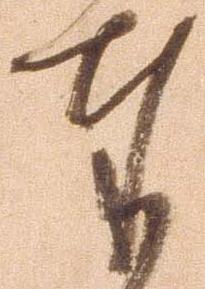
奉